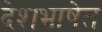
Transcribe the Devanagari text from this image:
देशभाषेत